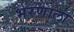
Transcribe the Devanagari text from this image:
भरणाला